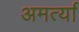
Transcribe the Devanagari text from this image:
अमर्त्या